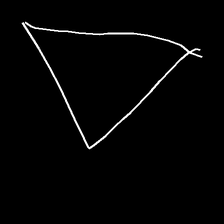
Glyph: convergence